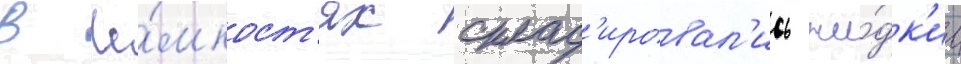
В ё́мкост'ях склад'ировал'ись жи́дк'ие